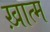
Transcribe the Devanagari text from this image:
ख़ात्म